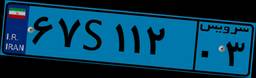
۸۴S۴۰۷۴۳